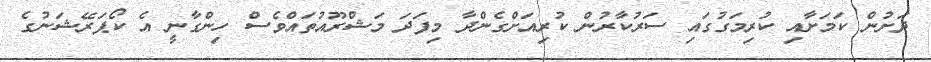
ދަށުން ކަމަށާއި ކުރިމަގުގައި ސަރުކާރުން ކުރިއަށްގެންދާ މިފަދަ މަޝްރޫއުތައްވެސް ހިންގާނީ އެ ކޯޕަރޭޝަނުގެ